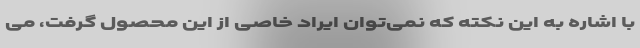
با اشاره به این نکته که نمی‌توان ایراد خاصی از این محصول گرفت، می